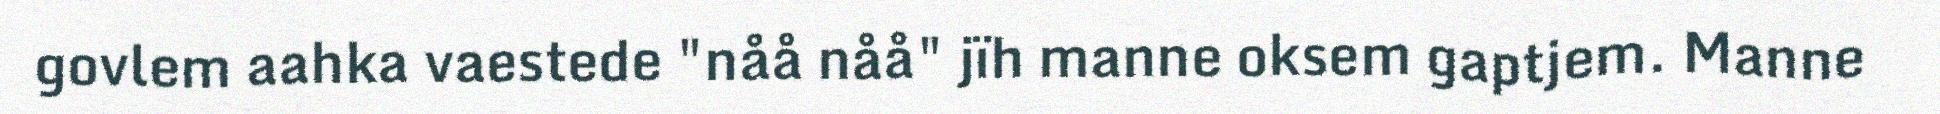
govlem aahka vaestede "nåå nåå" jïh manne oksem gaptjem. Manne